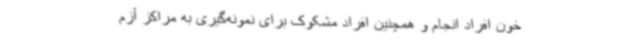
خون افراد انجام و همچنین افراد مشکوک برای نمونه‌گیری به مراکز آزم